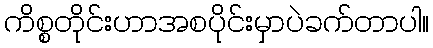
ကိစ္စတိုင်းဟာအစပိုင်းမှာပဲခက်တာပါ။